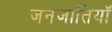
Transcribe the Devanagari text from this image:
जनजातियॉं